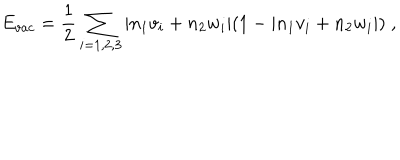
E _ { v a c } = \frac { 1 } { 2 } \sum _ { i = 1 , 2 , 3 } | n _ { 1 } v _ { i } + n _ { 2 } w _ { i } | ( 1 - | n _ { 1 } v _ { i } + n _ { 2 } w _ { i } | ) \; ,